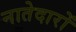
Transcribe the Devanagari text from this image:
नातेदारों